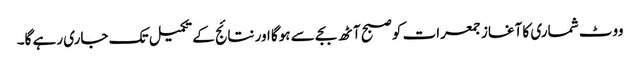
ووٹ شماری کا آغاز جمعرات کو صبح آٹھ بجے سے ہوگا اور نتائج کے تکمیل تک جاری رہے گا۔